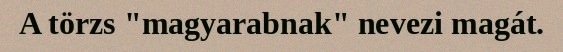
A törzs "magyarabnak" nevezi magát.